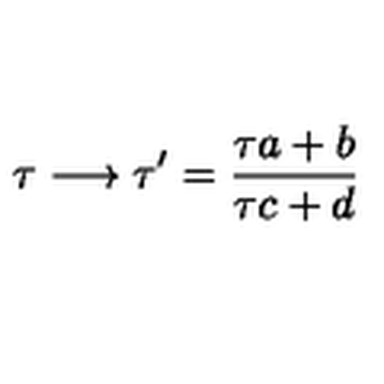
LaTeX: \tau \longrightarrow \tau ^ { \prime } = \frac { \tau a + b } { \tau c + d }